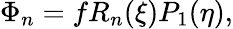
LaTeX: \Phi_{n}=fR_{n}(\xi)P_{1}(\eta),